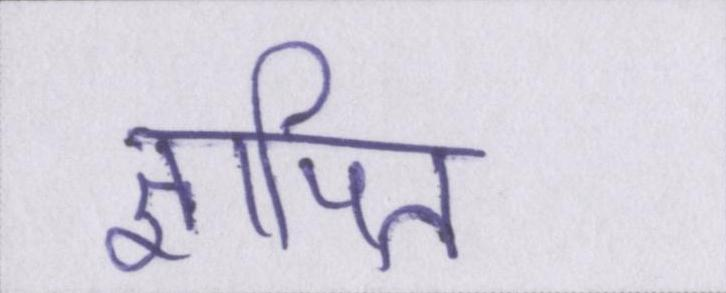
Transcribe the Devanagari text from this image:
ज्ञापित